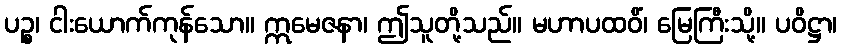
ပဉ္စ၊ ငါးယောက်ကုန်သော။ ဣမေဇနာ၊ ဤသူတို့သည်။ မဟာပထဝိံ၊ မြေကြီးသို့။ ပဝိဋ္ဌာ၊